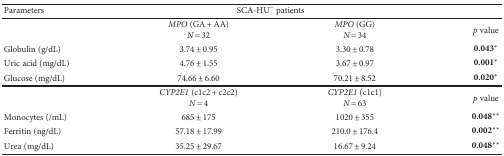
| Parameters | <COLSPAN=2> SCA-HU− patients |  |
 | --- | --- | --- | --- |
 |  | MPO (GA + AA)N = 32 | MPO (GG)N = 34 | p value |
 | Globulin (g/dL) | 3.74 ± 0.95 | 3.30 ± 0.78 | 0.043∗ |
 | Uric acid (mg/dL) | 4.76 ± 1.55 | 3.67 ± 0.97 | 0.001∗ |
 | Glucose (mg/dL) | 74.66 ± 6.60 | 70.21 ± 8.52 | 0.020∗ |
 |  | CYP2E1 (c1c2 + c2c2)N = 4 | CYP2E1 (c1c1)N = 63 | p value |
 | Monocytes (/mL) | 685 ± 175 | 1020 ± 355 | 0.048∗∗ |
 | Ferritin (ng/dL) | 57.18 ± 17.99 | 210.0 ± 176.4 | 0.002∗∗ |
 | Urea (mg/dL) | 35.25 ± 29.67 | 16.67 ± 9.24 | 0.048∗∗ |